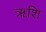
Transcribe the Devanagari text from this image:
ऋशि